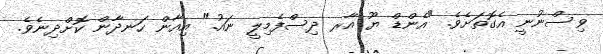
ވިސްނުނީ އެގޮތަށެވެ. "އެންޑް ޔޫ އާރ ދިސްފެމިލީ ނައު." އިއާން ހަނދާން ކޮށްދިނެވެ.